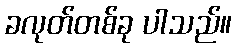
ခလုတ်တစ်ခု ပါသည်။